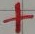
Text: +